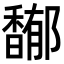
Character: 𩡏